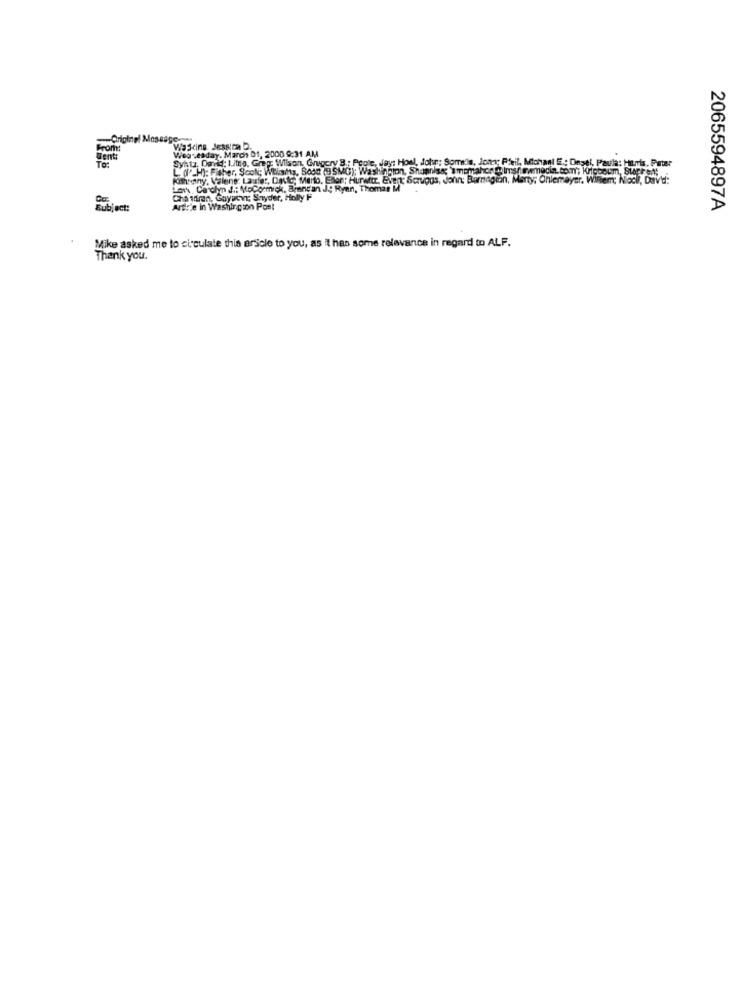
From:
Weareaday. March 01, 2000 9:31 AM
Wasting Jessica D.
Went
Syhtz, David: Litro, Grep Wilson Grugcry B .; Pople, Jay: Howl, John: Sorrells, Jons; Pfeil, Mohanl E .: Degel, Paula: Huis, Pater
TO:
L. (" H): Fisher, Scol; Whitty, Soda (USMG): Washington, Shamnise; \memahon @ imsnowmedin. com; Kloboum, Stere1;
. Enon; Hurwitz, Event: Scruggs, dann: Barnagian, Marty; Önlemeyer. Willem Noch, Dave:
Lov. Carolyn J .: MoCormick. Brent an J. Ryan, Thomas
Cha idran, Goyacvr, Snyder, Holly F
Subject:
Ardrie in Washington Post
2065594897A
Mike asked me to circulate this arscle to you, as it has some relevance in regard to ALF.
Thank you.